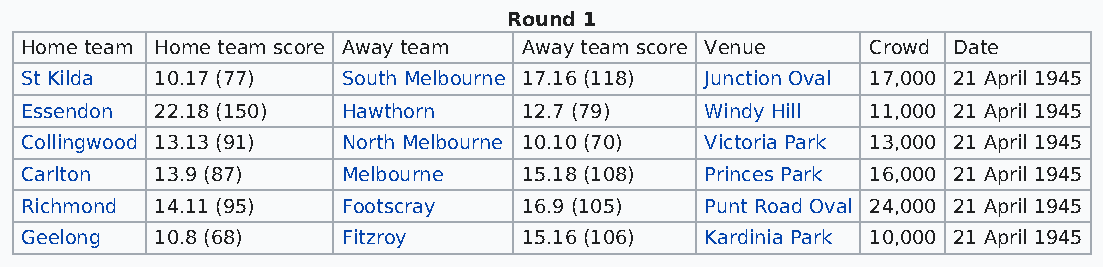
Round 1
 Home team Home team score Away team Away team score Venue Crowd Date
 St Kilda 10.17 (77)   South Melbourne 17.16 (118) Junction Oval 17,000 21 April 1945
 Essendon 22.18 (150)  Hawthorn    12.7 (79)   Windy Hill 11,000 21 April 1945
 Collingwood 13.13 (91) North Melbourne 10.10 (70) Victoria Park 13,000 21 April 1945
 Carlton  13.9 (87)    Melbourne   15.18 (108) Princes Park 16,000 21 April 1945
 Richmond 14.11 (95)   Footscray   16.9 (105)  Punt Road Oval 24,000 21 April 1945
 Geelong  10.8 (68)    Fitzroy     15.16 (106) Kardinia Park 10,000 21 April 1945